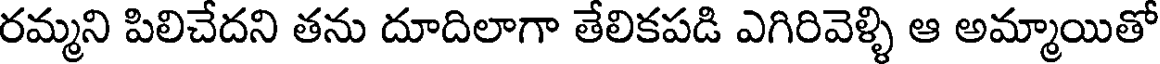
రమ్మని పిలిచేదని తను దూదిలాగా తేలికపడి ఎగిరివెళ్ళి ఆ అమ్మాయితో